Vaccination Hyderabad 1872-1889 - 1872-1889
Year: 1872
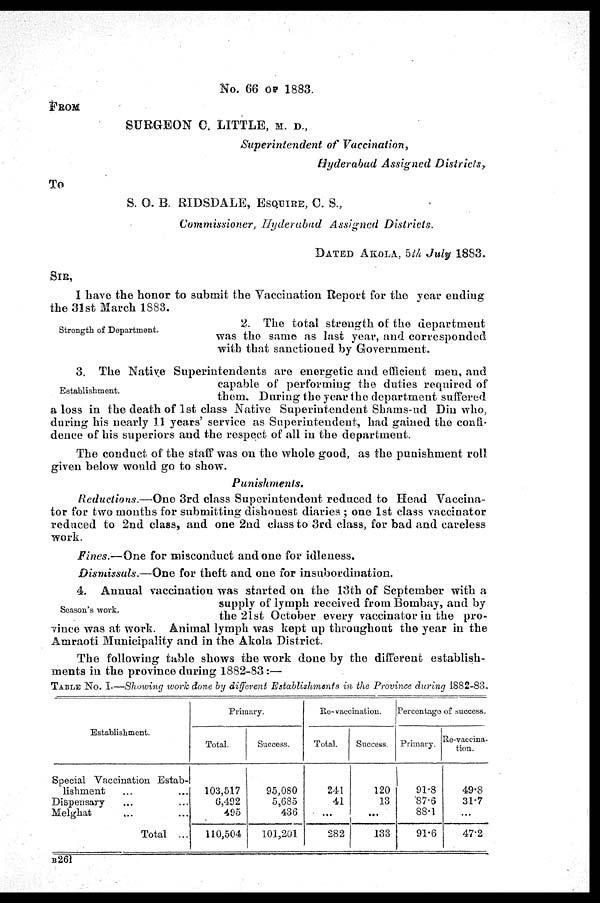
NO. 66 OF 1883.
FROM
SURGEON C, LITTLE, M. D.,
Superintendent of Vaccination,
Hyderabad Assigned Districts,
To
S. O. B. RIDSDALE, ESQUIRE, C. S.,
Commissioner, Hyderabad Assigned Districts.
DATED AKOLA, 5th July 1883.
SIR,
I have the honor to submit the Vaccination Report for the year ending
the 31st March 1883.
Strength of Department,
2. The total strength of the department
was the same as last year, and corresponded
with that sanctioned by Government.
Establishment.
3. The Native Superintendents are energetic and efficient men, and
capable of performing the duties required of
them. During the year the department suffered
a loss in the death of 1 st class Native Superintendent Shams-ud Din who,
during his nearly 11 years' service as Superintendent, had gained the confi-
dence of his superiors and the respect of all in the department.
The conduct of the staff was on the whole good, as the punishment roll
given below would go to show.
Punishments.
Reductions.—One 3rd class Superintendent reduced to Head Vaccina-
tor for two months for submitting dishonest diaries ; one 1st class vaccinator
reduced to 2nd class, and one 2nd class to 3rd class, for bad and careless
work.
Fines.—One for misconduct and one for idleness.
Dismissals.—One for theft and one for insubordination.
Season's work..
4. Annual vaccination was started on the 13th of September with a
supply of lymph received from Bombay, and by
the 21st October every vaccinator in the pro-
vince was at work. Animal lymph was kept up throughout the year in the
Amraoti Municipality and in the Akola District.
The following table shows the work done by the different establish-
ments in the province during 1882-83:—
TABLE NO. I—Showing work done by different Establishments in the Province during 1882-83.
Establishment.
Special Vaccination Estab-
lishment ... ...
Dispensary ... ...
Melghat ... ...
Total ...
Primary.
Total.
103,517
6,492
495
110,504
Success.
95,080
5,685
436
101,201
Re-vaccination.
Total.
241
41
...
282
Success.
120
13
...
133
Percentage of success.
Primary.
91.8
87.6
88.1
91.6
Re-vaccina.
tion.
49.8
31.7
...
47.2
B261